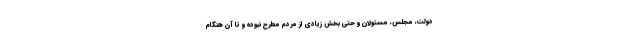
دولت، مجلس، مسئولان و حتی بخش زیادی از مردم مطرح نبوده و تا آن هنگام